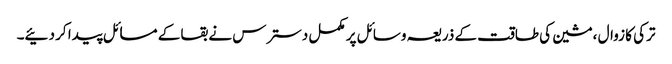
ترکی کا زوال ،مشین کی طاقت کے ذریعہ وسائل پر مکمل دسترس نے بقا کے مسائل پیدا کر دئیے۔